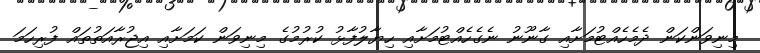
މިނިވަންކަން ދެމެހެއްޓުމަށާއި ގާނޫނު ނެގެހެއްޓުމަށާއި ހިޔާލުފާޅު ކުރުމުގެ މިނިވަން ކަމަށާއި އިޖުރާއަތުތައް ފުރިހަމަ